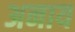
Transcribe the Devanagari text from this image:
अनाय